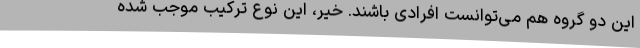
این دو گروه هم می‌توانست افرادی باشند. خیر، این نوع ترکیب موجب شده